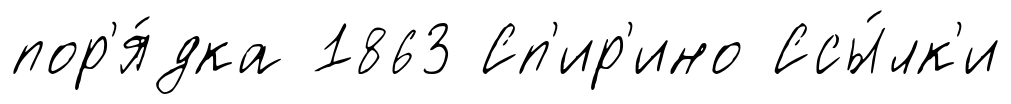
пор'я́дка 1863 Сп'ир'ино Ссы́лк'и